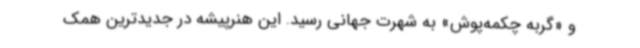
و «گربه چکمه‌پوش» به شهرت جهانی رسید. این هنرپیشه در جدیدترین همک